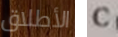
الأطلاق C